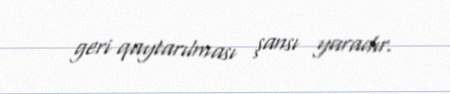
geri qaytarılması şansı yaradır.